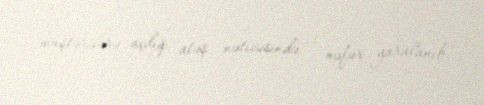
müştərilərə açdığı atəş nəticəsində 3 nəfər yaralanıb.